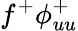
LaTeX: f^{+}\phi_{uu}^{+}